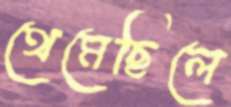
থেমেছিলে